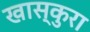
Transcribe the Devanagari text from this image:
खास्कुरा